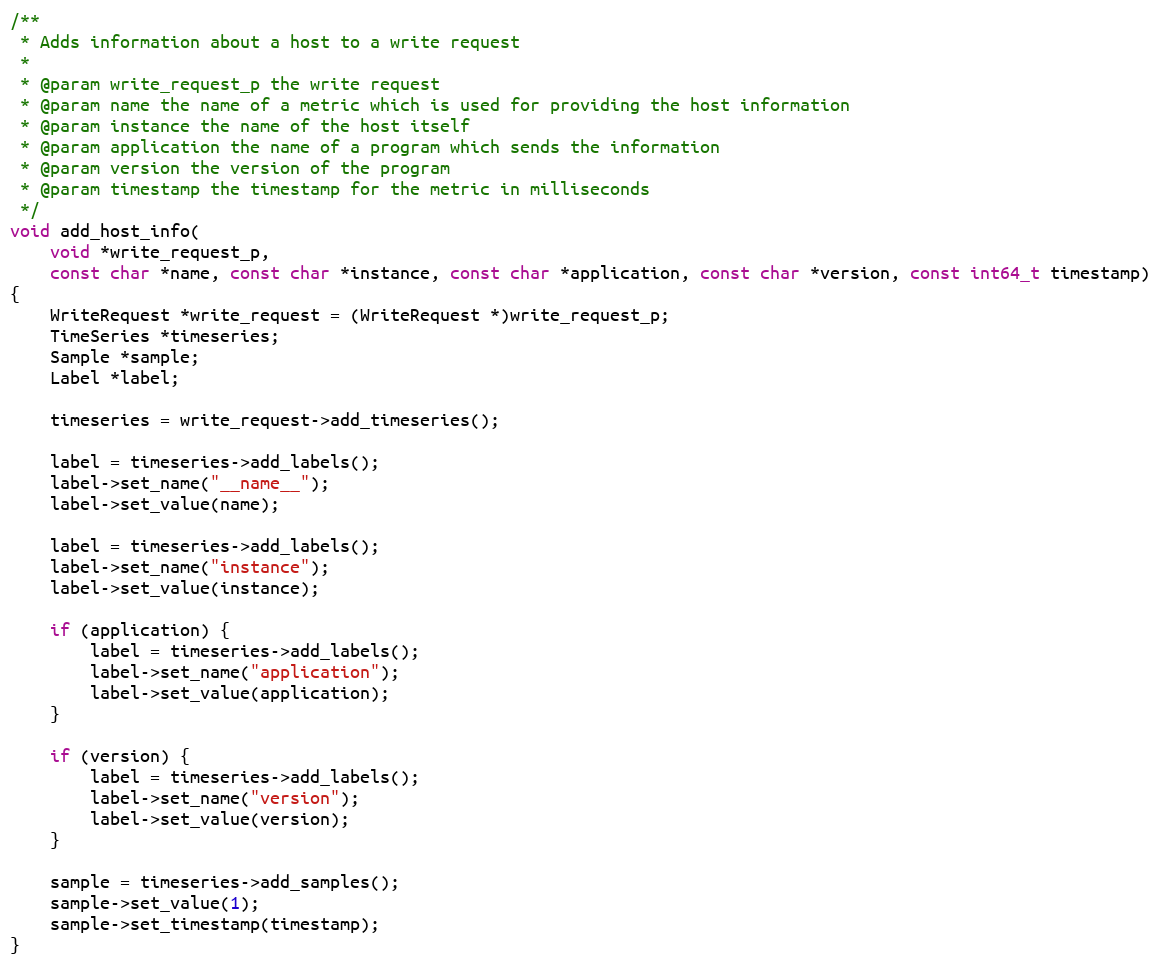
Language: C++
/**
 * Adds information about a host to a write request
 *
 * @param write_request_p the write request
 * @param name the name of a metric which is used for providing the host information
 * @param instance the name of the host itself
 * @param application the name of a program which sends the information
 * @param version the version of the program
 * @param timestamp the timestamp for the metric in milliseconds
 */
void add_host_info(
    void *write_request_p,
    const char *name, const char *instance, const char *application, const char *version, const int64_t timestamp)
{
    WriteRequest *write_request = (WriteRequest *)write_request_p;
    TimeSeries *timeseries;
    Sample *sample;
    Label *label;

    timeseries = write_request->add_timeseries();

    label = timeseries->add_labels();
    label->set_name("__name__");
    label->set_value(name);

    label = timeseries->add_labels();
    label->set_name("instance");
    label->set_value(instance);

    if (application) {
        label = timeseries->add_labels();
        label->set_name("application");
        label->set_value(application);
    }

    if (version) {
        label = timeseries->add_labels();
        label->set_name("version");
        label->set_value(version);
    }

    sample = timeseries->add_samples();
    sample->set_value(1);
    sample->set_timestamp(timestamp);
}